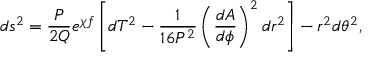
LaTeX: d s ^ { 2 } = \frac { P } { 2 Q } e ^ { \chi f } \left[ d T ^ { 2 } - \frac { 1 } { 1 6 P ^ { 2 } } \left( \frac { d A } { d \phi } \right) ^ { 2 } d r ^ { 2 } \right] - r ^ { 2 } d \theta ^ { 2 } ,